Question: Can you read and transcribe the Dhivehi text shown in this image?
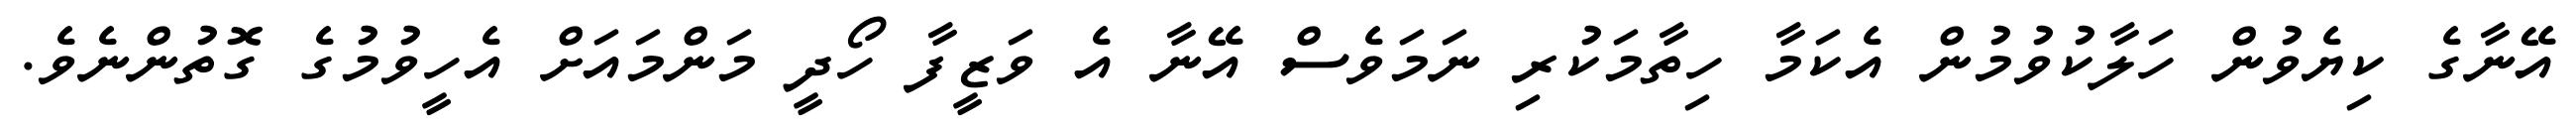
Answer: އޭނާގެ ކިޔެވުން ހަލާކުވުމުން އެކަމާ ހިތާމަކުރި ނަމަވެސް އޭނާ އެ ވަޒީފާ ހޯދީ މަންމައަށް އެހީވުމުގެ ގޮތުންނެވެ.